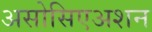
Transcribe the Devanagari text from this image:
असोसिएअशन